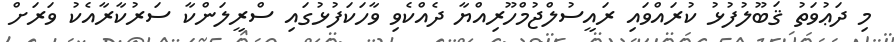
މި ދަޢުވަތު ޤަބޫލުފުޅު ކުރައްވައި ރައީސުލްޖުމްހޫރިއްޔާ ދެއްކެވި ވާހަކަފުޅުގައި ސްރީލަންކާ ސަރުކާރާއެކު ވަރަށް